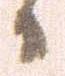
日